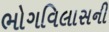
ભોગવિલાસની